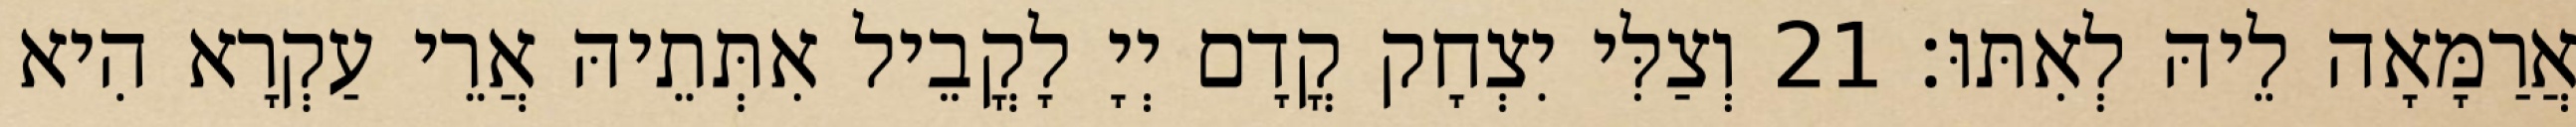
אֲרַמָּאָה לֵיהּ לְאִתּוּ׃ 21 וְצַלִּי יִצְחָק קֳדָם יְיָ לָקֳבֵיל אִתְּתֵיהּ אֲרֵי עַקְרָא הִיא